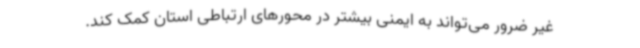
غیر ضرور می‌تواند به ایمنی بیشتر در محورهای ارتباطی استان کمک کند.